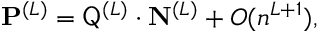
\mathbf P ^ { ( L ) } = \mathsf Q ^ { ( L ) } \cdot \mathbf N ^ { ( L ) } + O ( n ^ { L + 1 } ) ,